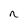
Character: n